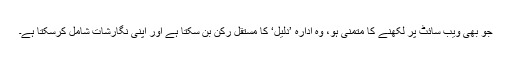
جو بھی ویب سائٹ پر لکھنے کا متمنی ہو، وہ ادارہ ’دلیل‘ کا مستقل رکن بن سکتا ہے اور اپنی نگارشات شامل کرسکتا ہے۔